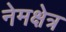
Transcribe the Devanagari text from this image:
नेमक्षेत्र